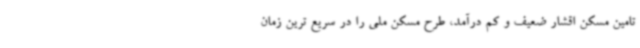
تامین مسکن اقشار ضعیف و کم درآمد، طرح مسکن ملی را در سریع ترین زمان